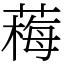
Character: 䔦